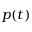
p ( t )